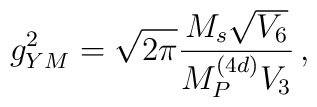
g_{YM}^2=\sqrt{2\pi}{{M_s\sqrt{V_6}}\over{M_P^{(4d)}V_3}}\, ,